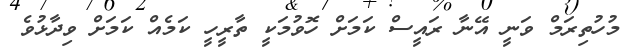
މުހުތިރަމް ވަނީ އޭނާ ރައީސް ކަމަށް ހޮވުމަކީ ތާރީހީ ކަމެއް ކަމަށް ވިދާޅުވެ